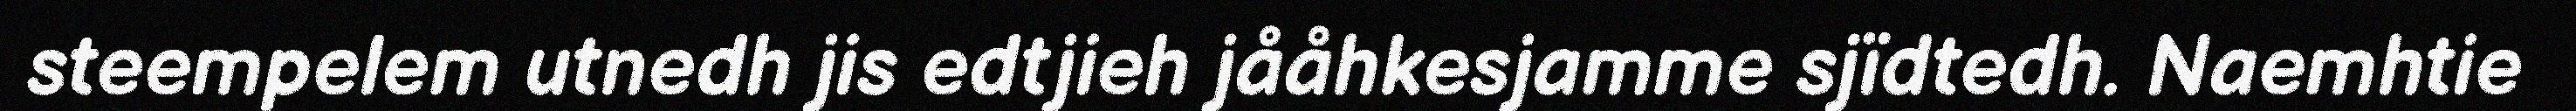
steempelem utnedh jis edtjieh jååhkesjamme sjïdtedh. Naemhtie